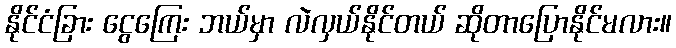
နိုင်ငံခြား ငွေကြေး ဘယ်မှာ လဲလှယ်နိုင်တယ် ဆိုတာပြောနိုင်မလား။